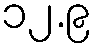
၁၂.၉